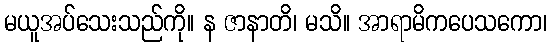
မယူအပ်သေးသည်ကို။ န ဇာနာတိ၊ မသိ။ အာရာမိကပေသကော၊